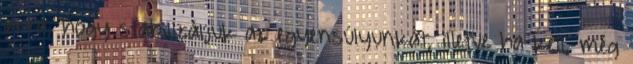
arra, hogy stabilizáljuk az egyensúlyunkat, illetve ha kell, még